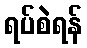
ရပ်စဲရန်